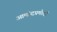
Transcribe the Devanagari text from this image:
आमोदप्रमोदों